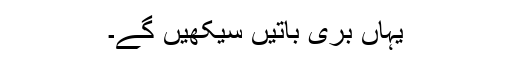
یہاں بُری باتیں سیکھیں گے۔